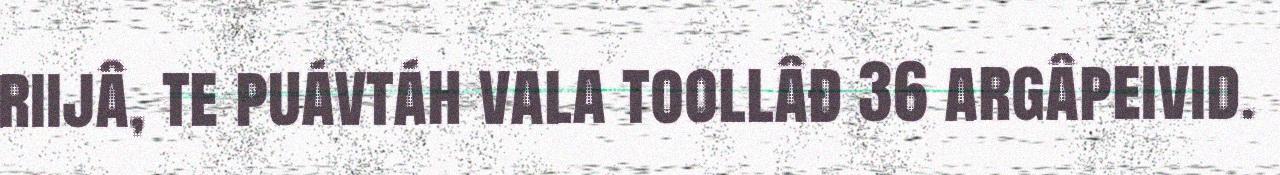
riijâ, te puávtáh vala toollâđ 36 argâpeivid.